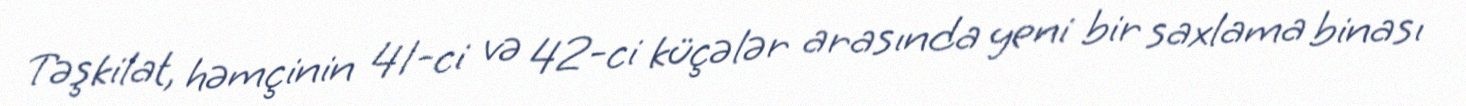
Təşkilat, həmçinin 41-ci və 42-ci küçələr arasında yeni bir saxlama binası